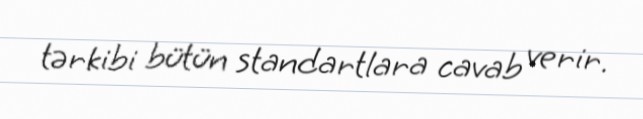
tərkibi bütün standartlara cavab verir.